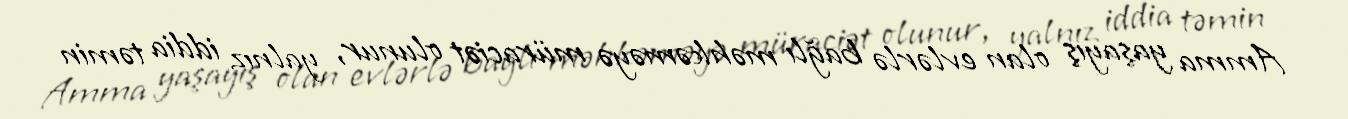
Amma yaşayış olan evlərlə bağlı məhkəməyə müraciət olunur, yalnız iddia təmin